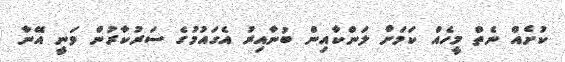
ކުށެއް ނެތް މީހެއް ކަމަށް ލަންކާއިން ބުނާއިރު އެގައުމުގެ ސަރުކާރުން ވަނީ އޭނާ